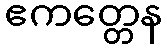
ဧကတ္တေန